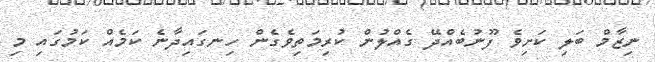
ނިޒާމް ބަލި ކަށިވެ ފޫނުބެއްދޭ ގެއްލުން ކުރިމަތިވެގެން ހިނގައިދާނެ ކަމެއް ކަމުގައި މި